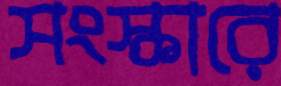
সংস্কারে